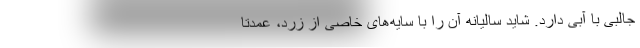
جالبی با آبی دارد. شاید سالیانه آن را با سایه‌های خاصی از زرد، عمدتاً